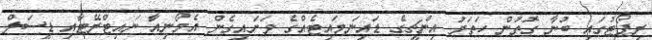
ރިޕޯޓުގައި ބުނާ ގޮތުން ހަތަރު އިންޗީގެ ޑައިނަމައިޓެއްގެ ވަށައިގެން އެމޯނިއާ ނައިޓްރޭޓާއި ޑީސަލް